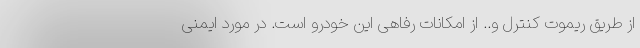
از طریق ریموت کنترل و.. از امکانات رفاهی این خودرو است. در مورد ایمنی